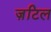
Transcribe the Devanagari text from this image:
ज़टिल